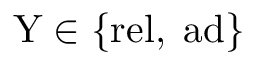
\mathrm { Y } \in \{ \mathrm { r e l } , \; \mathrm { a d } \}